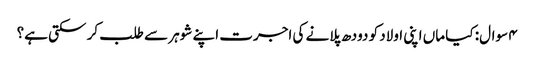
۴ سوال: کیا ماں اپنی اولاد کو دودھ پلانے کی اجرت اپنے شوہر سے طلب کر سکتی ہے؟